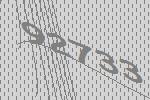
92733